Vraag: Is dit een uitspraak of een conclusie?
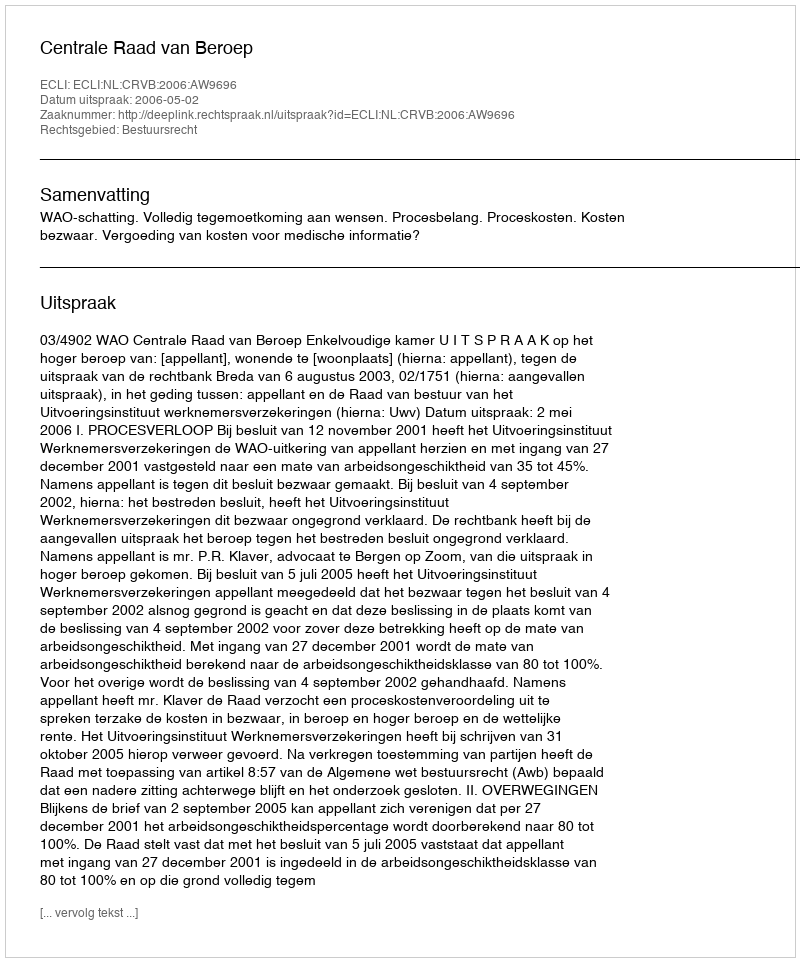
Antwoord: Uitspraak